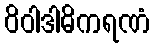
ဝိဝါဒါဓိကရဏံ